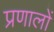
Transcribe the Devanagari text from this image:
प्रणालों